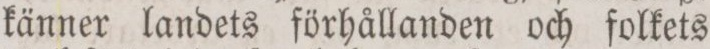
känner landets förhållanden och folkets